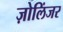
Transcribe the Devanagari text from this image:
ज़ोलिंजर